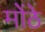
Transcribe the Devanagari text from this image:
मोंठे